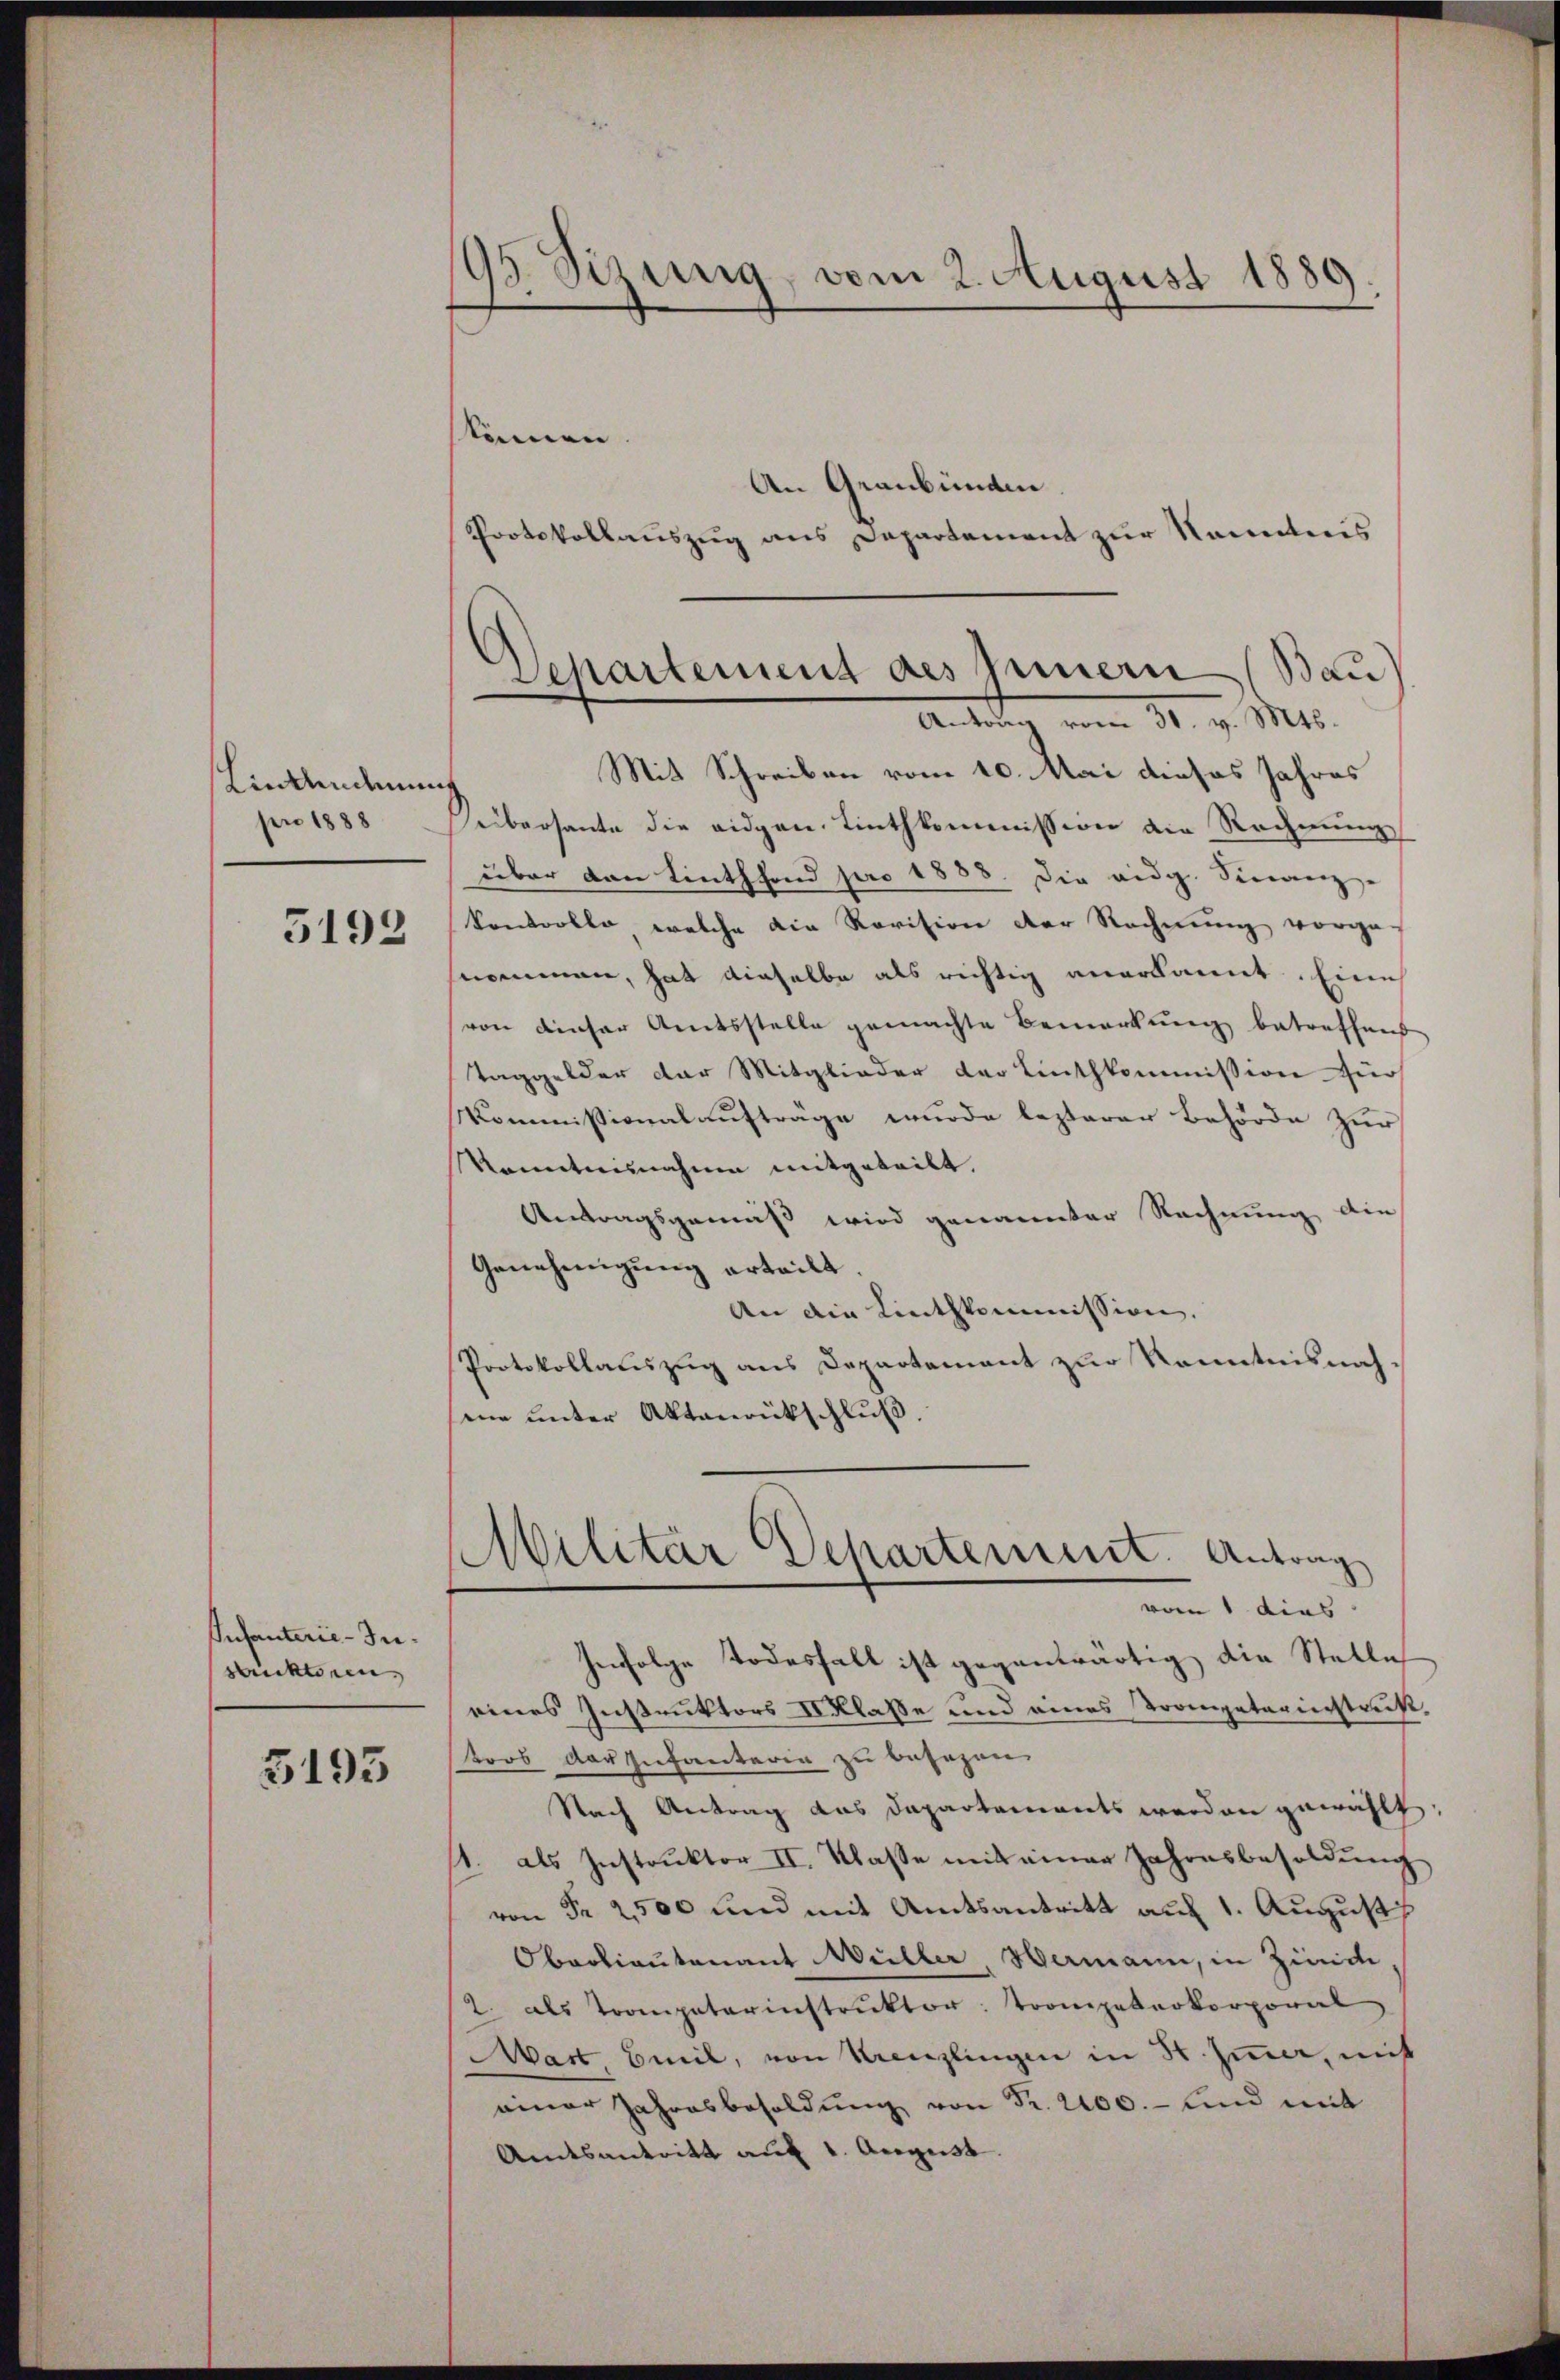
Linkendenen
pro 1888

5192

Infanterie-Instrickteren

5193

195 Sizung, vom 2. August 1889

können
An Graubünden.
Protokollauszug aus Departement zur Kenntnis
Mit Schreiben vom 10. Mai dieses Jahres
seibersante die eidgen. Linthkommission die Rechnung
über den Linthhond pro 1888. Die eidg. Sienze
kontrolle, welche die Revision der Rechnung vorge-
nommen, hat dieselbe als richtig anerkannt. Eine
von dieser Amtsstelle gemachte Bemerkung betreffent
Taggelder der Mitglieder der Linthkommission für
Kommissionalaufträge wurde lezterer Behörde zur
Manntnisnahme mitgeteilt.
Antragsgemäss wird genannter Rechnung die
Genehmigung erteilt
An die Linthkommission.
Protokollauszug aus Departement zur Kenntnisnah
me unter Aktenrückschluß
Militar Departement. Antrag
vom 1 dies
henfolge Todesfall ist gegenwärtig die Stelle
eines Instruktors Klasse und eines Trompeterinstrukt
tors der Infanteren zu besezen
Nach Antrag das Dapartements werden gewählt
1. als Instruktor II. Klasse mit einer Jahresbesoldung
von Fr. 2500 und mit Amtsantritt auf 1. August
Oberlieutenant Müller, Wermann, in Zinide
2. als Trompeterinstrŭktor: Trompeterkorporal
Mart Beil, von Kreuzlingen in St. Jener, mit
einer Jahresbesoldŭng von Fr. 2100.- und mit
Amtsantritt auf 1. August.

Departement des Innern (Bau
Antrag vom 31. v. Mts.